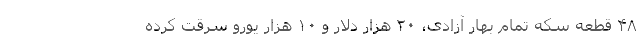
۴۸ قطعه سکه تمام بهار آزادی، ۲۰ هزار دلار و ۱۰ هزار یورو سرقت کرده